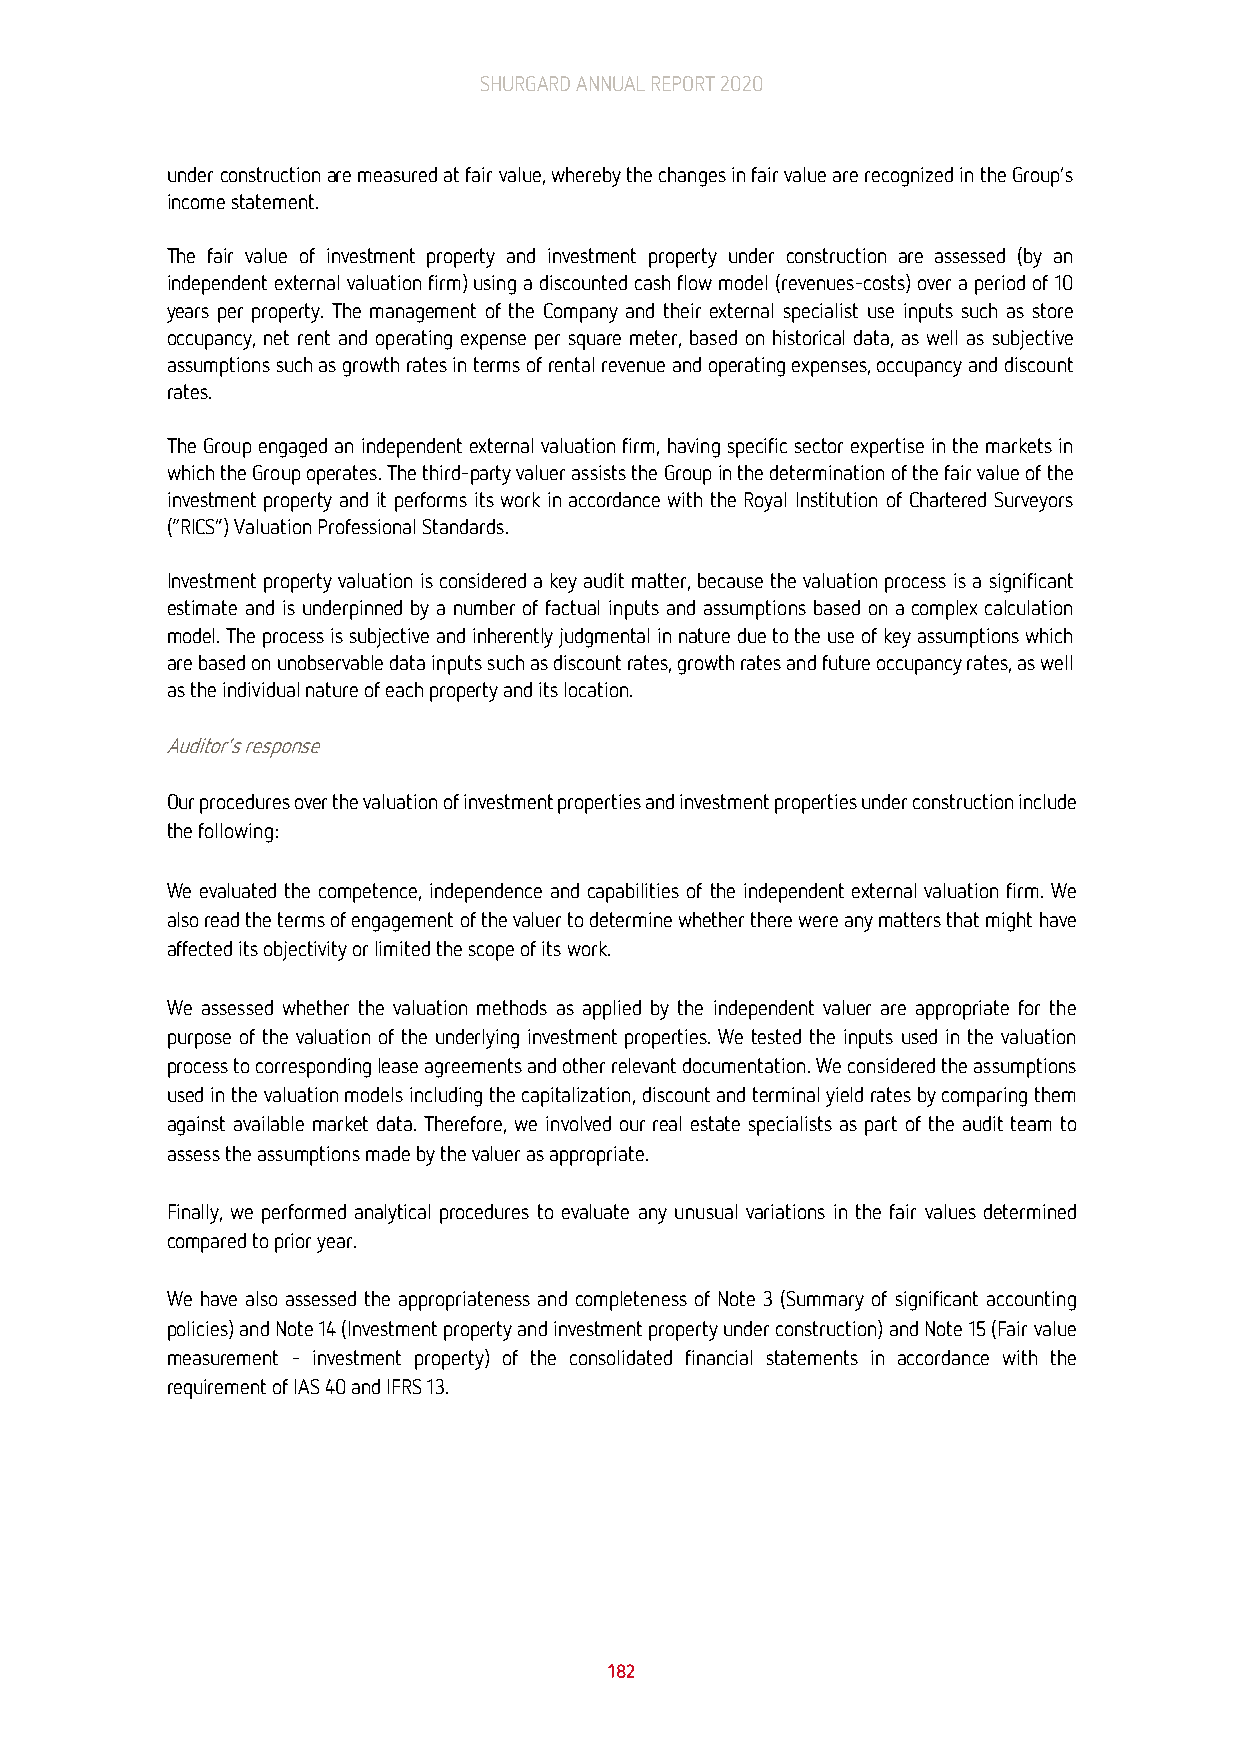
SHURGARD ANNUAL REPORT 2020
 under construction are measured at fair value, whereby the changes in fair value are recognized in the Group’s
 income statement.
 The fair value of investment property and investment property under construction are assessed (by an
 independent external valuation firm) using a discounted cash flow model (revenues-costs) over a period of 10
 years per property. The management of the Company and their external specialist use inputs such as store
 occupancy, net rent and operating expense per square meter, based on historical data, as well as subjective
 assumptions such as growth rates in terms of rental revenue and operating expenses, occupancy and discount
 rates.
 The Group engaged an independent external valuation firm, having specific sector expertise in the markets in
 which the Group operates. The third-party valuer assists the Group in the determination of the fair value of the
 investment property and it performs its work in accordance with the Royal Institution of Chartered Surveyors
 (“RICS”) Valuation Professional Standards.
 Investment property valuation is considered a key audit matter, because the valuation process is a significant
 estimate and is underpinned by a number of factual inputs and assumptions based on a complex calculation
 model. The process is subjective and inherently judgmental in nature due to the use of key assumptions which
 are based on unobservable data inputs such as discount rates, growth rates and future occupancy rates, as well
 as the individual nature of each property and its location.
 Auditor’s response
 Our procedures over the valuation of investment properties and investment properties under construction include
 the following:
 We evaluated the competence, independence and capabilities of the independent external valuation firm. We
 also read the terms of engagement of the valuer to determine whether there were any matters that might have
 affected its objectivity or limited the scope of its work.
 We assessed whether the valuation methods as applied by the independent valuer are appropriate for the
 purpose of the valuation of the underlying investment properties. We tested the inputs used in the valuation
 process to corresponding lease agreements and other relevant documentation. We considered the assumptions
 used in the valuation models including the capitalization, discount and terminal yield rates by comparing them
 against available market data. Therefore, we involved our real estate specialists as part of the audit team to
 assess the assumptions made by the valuer as appropriate.
 Finally, we performed analytical procedures to evaluate any unusual variations in the fair values determined
 compared to prior year.
 We have also assessed the appropriateness and completeness of Note 3 (Summary of significant accounting
 policies) and Note 14 (Investment property and investment property under construction) and Note 15 (Fair value
 measurement – investment property) of the consolidated financial statements in accordance with the
 requirement of IAS 40 and IFRS 13.
 182